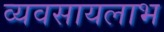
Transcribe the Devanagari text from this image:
व्यवसायलाभ